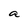
Character: a